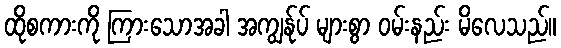
ထိုစကားကို ကြားသောအခါ အကျွန်ုပ် များစွာ ဝမ်းနည်း မိလေသည်။